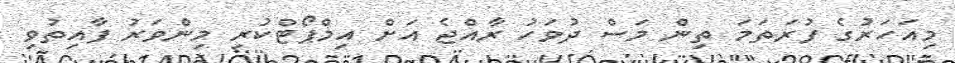
މިއަހަރުގެ ފުރަތަމަ ތިން މަސް ދުވަހު ރާއްޖެ އަށް އިމްޕޯޓްކުރި މިންވަރު ފާއިތުވި